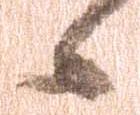
候